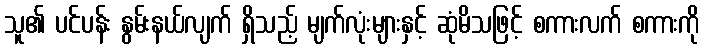
သူ၏ ပင်ပန်း နွမ်းနယ်လျက် ရှိသည့် မျက်လုံးများနှင့် ဆုံမိသဖြင့် စကားလက် စကားကို